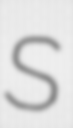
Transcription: S